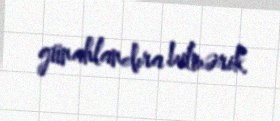
günahlandıra bilmərik.